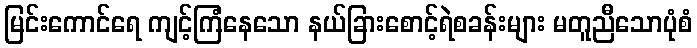
မြင်းကောင်ရေ ကျင့်ကြံနေသော နယ်ခြားစောင့်ရဲစခန်းများ မတူညီသောပုံစံ